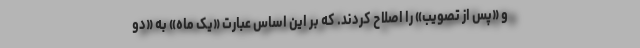
و «پس از تصویب» را اصلاح کردند. که بر این اساس عبارت «یک ماه» به «دو